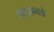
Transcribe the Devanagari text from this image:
अट्‍ठानवे